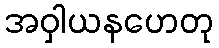
အဝှါယနဟေတု